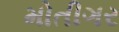
મોતીગર